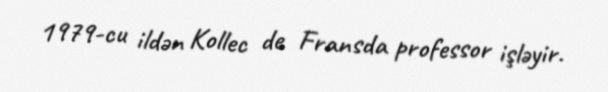
1979-cu ildən Kollec de Fransda professor işləyir.